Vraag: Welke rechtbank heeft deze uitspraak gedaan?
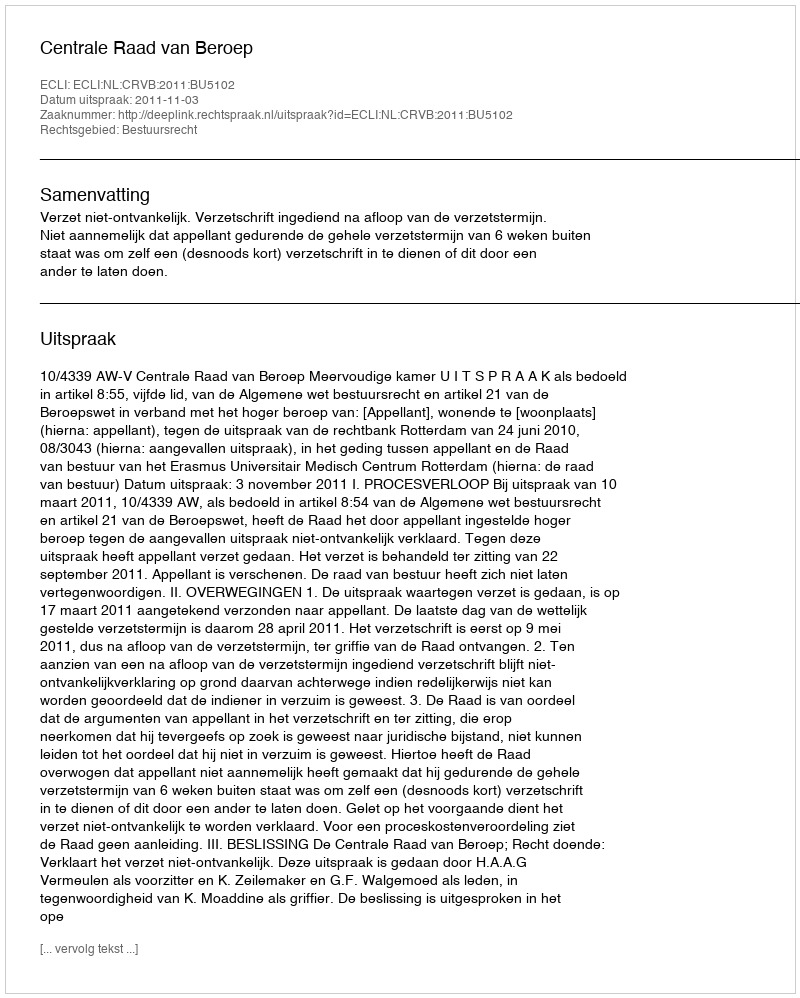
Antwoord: Centrale Raad van Beroep